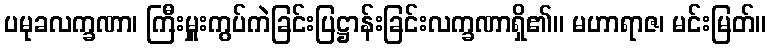
ပမုခလက္ခဏာ၊ ကြီးမှူးကွပ်ကဲခြင်းပြဋ္ဌာန်းခြင်းလက္ခဏာရှိ၏။ မဟာရာဇ၊ မင်းမြတ်။